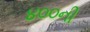
૪૦૦ની